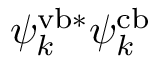
\psi _ { k } ^ { \mathrm { v b } * } \psi _ { k } ^ { \mathrm { c b } }